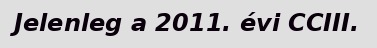
Jelenleg a 2011. évi CCIII.